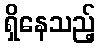
ရှိနေသည့်